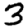
Digit: 3